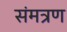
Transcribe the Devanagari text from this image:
संमत्रण